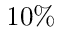
1 0 \%